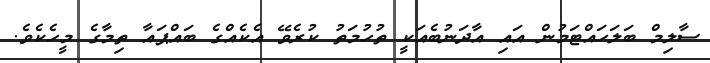
ސާލިމް ބަލަހައްޓަމުން އައި އާދަނުބެއަކީ ތުހުމަތު ކުރެވޭ އެކެއްގެ ބައްޕައާ ތިމާގެ މީހެކެވެ.